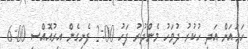
ހަމައަށް އަދި ހުކުރު ދުވަހު މެންދުރު ފަހު 2:00 ފެށިގެން އިރުއޮއްސި 6:00